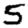
Digit: 5